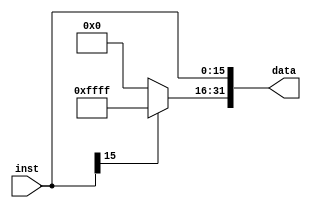
`timescale 1ns / 1ps
//////////////////////////////////////////////////////////////////////////////////
// Company: 
// Engineer: 
// 
// Design Name: 
// Module Name: signext
// Project Name: 
// Target Devices: 
// Tool Versions: 
// Description: 
// 
// Dependencies: 
// 
// Revision:
// Revision 0.01 - File Created
// Additional Comments:
// 
//////////////////////////////////////////////////////////////////////////////////


module signext(
    input [15:0] inst,
    output reg [31:0] data
    );
        
    always@(inst)
    begin
        if(inst[15]==1)
        begin
            data[31:16]=16'hffff;
        end
        else
        begin
            data[31:16]=16'h0000;
        end
        data[15:0]=inst[15:0];        
    end    
    
endmodule